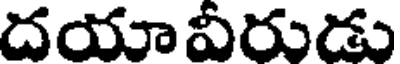
దయావీరుడు